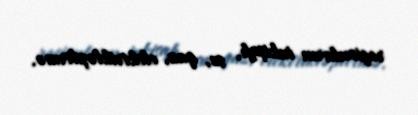
regionların inkişafı, su, qaz, elektrikləşdirmə.